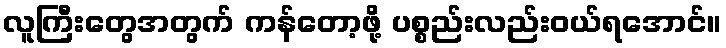
လူကြီးတွေအတွက် ကန်တော့ဖို့ ပစ္စည်းလည်းဝယ်ရအောင်။